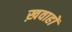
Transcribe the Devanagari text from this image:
ख़वाहों